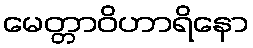
မေတ္တာဝိဟာရိနော